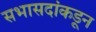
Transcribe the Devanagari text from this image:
सभासदांकडून